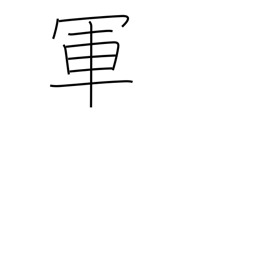
Meaning: battle